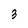
Character: 3